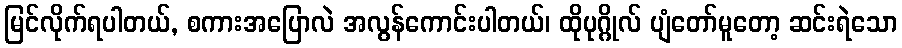
မြင်လိုက်ရပါတယ်, စကားအပြောလဲ အလွန်ကောင်းပါတယ်၊ ထိုပုဂ္ဂိုလ် ပျံတော်မူတော့ ဆင်းရဲသော